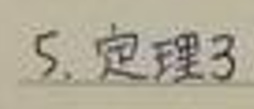
5. 定理3